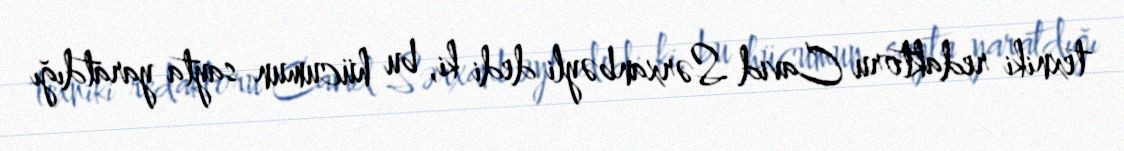
texniki redaktoru Cavid Sərxanbəyli dedi ki, bu hücumun sayta yaratdığı